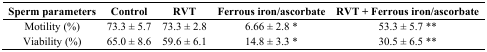
<table><thead><tr><td><b>Sperm parameters</b></td><td><b>Control</b></td><td><b>RVT</b></td><td><b>Ferrous iron/ascorbate</b></td><td><b>RVT + Ferrous iron/ascorbate</b></td></tr></thead><tbody><tr><td>Motility (%)</td><td>73.3 ± 5.7</td><td>73.3 ± 2.8</td><td>6.66 ± 2.8 *</td><td>53.3 ± 5.7 **</td></tr><tr><td>Viability (%)</td><td>65.0 ± 8.6</td><td>59.6 ± 6.1</td><td>14.8 ± 3.3 *</td><td>30.5 ± 6.5 **</td></tr></tbody></table>